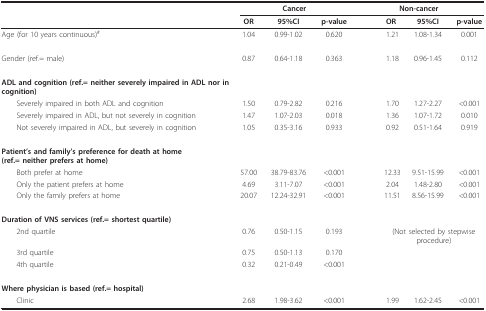
|  | <COLSPAN=3> Cancer | <COLSPAN=3> Non-cancer |
 |  | <COLSPAN=3>  | <COLSPAN=3>  |
 |  | OR | 95%CI | p-value | OR | 95%CI | p-value |
 | --- | --- | --- | --- | --- | --- | --- |
 | Age (for 10 years continuous)# | 1.04 | 0.99-1.02 | 0.620 | 1.21 | 1.08-1.34 | 0.001 |
 | Gender (ref.= male) | 0.87 | 0.64-1.18 | 0.363 | 1.18 | 0.96-1.45 | 0.112 |
 | ADL and cognition (ref.= neither severely impaired in ADL nor in cognition) |  |  |  |  |  |  |
 | Severely impaired in both ADL and cognition | 1.50 | 0.79-2.82 | 0.216 | 1.70 | 1.27-2.27 | <0.001 |
 | Severely impaired in ADL, but not severely in cognition | 1.47 | 1.07-2.03 | 0.018 | 1.36 | 1.07-1.72 | 0.010 |
 | Not severely impaired in ADL, but severely in cognition | 1.05 | 0.35-3.16 | 0.933 | 0.92 | 0.51-1.64 | 0.919 |
 | Patient's and family's preference for death at home (ref.= neither prefers at home) |  |  |  |  |  |  |
 | Both prefer at home | 57.00 | 38.79-83.76 | <0.001 | 12.33 | 9.51-15.99 | <0.001 |
 | Only the patient prefers at home | 4.69 | 3.11-7.07 | <0.001 | 2.04 | 1.48-2.80 | <0.001 |
 | Only the family prefers at home | 20.07 | 12.24-32.91 | <0.001 | 11.51 | 8.56-15.99 | <0.001 |
 | Duration of VNS services (ref.= shortest quartile) |  |  |  |  |  |  |
 | 2nd quartile | 0.76 | 0.50-1.15 | 0.193 | <COLSPAN=3> (Not selected by stepwise procedure) |
 | 3rd quartile | 0.75 | 0.50-1.13 | 0.170 |  |  |  |
 | 4th quartile | 0.32 | 0.21-0.49 | <0.001 |  |  |  |
 | Where physician is based (ref.= hospital) |  |  |  |  |  |  |
 | Clinic | 2.68 | 1.98-3.62 | <0.001 | 1.99 | 1.62-2.45 | <0.001 |